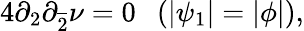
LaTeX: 4\partial_{2}\partial_{\overline{{{2}}}}\nu=0~~~(|\psi_{1}|=|\phi|),